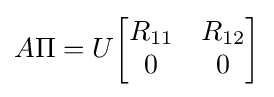
A\Pi =U{\begin{bmatrix}R_{11}&R_{12}\\0&0\end{bmatrix}}